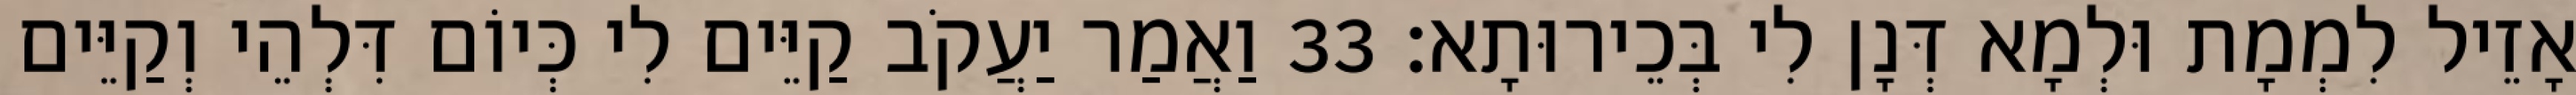
אָזֵיל לִמְמָת וּלְמָא דְּנָן לִי בְּכֵירוּתָא׃ 33 וַאֲמַר יַעֲקֹב קַיֵּים לִי כְּיוֹם דִּלְהֵי וְקַיֵּים